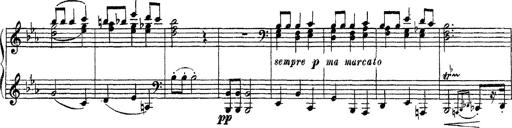
Title: Apparitions
Composer: Franz Liszt